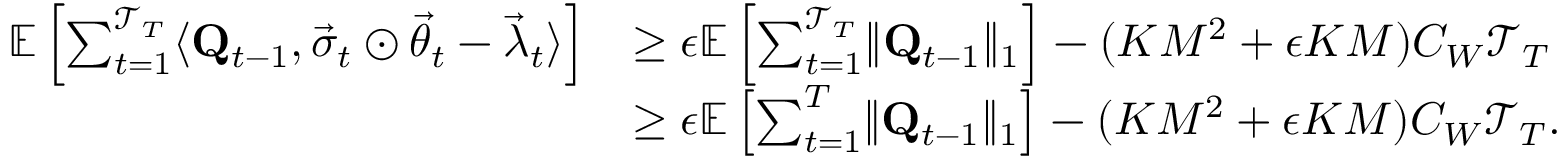
\begin{array} { r l } { \mathbb E \left[ \sum _ { t = 1 } ^ { \mathcal T _ { T } } \langle \mathbf Q _ { t - 1 } , \vec { \sigma } _ { t } \odot \vec { \theta } _ { t } - \vec { \lambda } _ { t } \rangle \right] } & { \ge \epsilon \mathbb E \left[ \sum _ { t = 1 } ^ { \mathcal T _ { T } } \lVert \mathbf Q _ { t - 1 } \rVert _ { 1 } \right] - ( K M ^ { 2 } + \epsilon K M ) C _ { W } \mathcal T _ { T } } \\ & { \ge \epsilon \mathbb E \left[ \sum _ { t = 1 } ^ { T } \lVert \mathbf Q _ { t - 1 } \rVert _ { 1 } \right] - ( K M ^ { 2 } + \epsilon K M ) C _ { W } \mathcal T _ { T } . } \end{array}